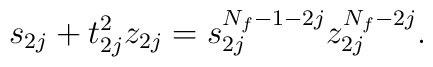
s_{2j}+t_{2j}^2z_{2j}=s_{2j}^{N_f-1-2j}z_{2j}^{N_f-2j}.